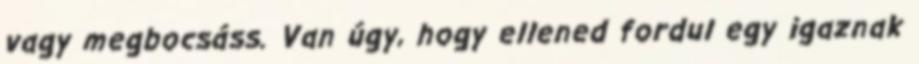
vagy megbocsáss. Van úgy, hogy ellened fordul egy igaznak